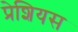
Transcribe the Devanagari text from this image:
प्रेशियस